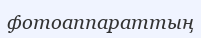
фотоаппараттың